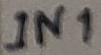
Text: IN1